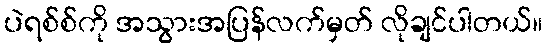
ပဲရစ်စ်ကို အသွားအပြန်လက်မှတ် လိုချင်ပါတယ်။